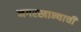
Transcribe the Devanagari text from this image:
नगरखान्याची